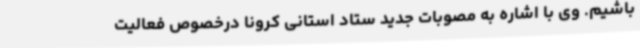
باشیم. وی با اشاره به مصوبات جدید ستاد استانی کرونا درخصوص فعالیت